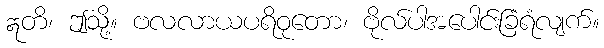
ဣတိ၊ ဤသို့။ ဗလလာယပရိဝုတော၊ ဗိုလ်ပါအပေါင်းခြံရံလျက်။